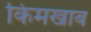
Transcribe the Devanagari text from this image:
किमखाब